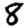
Digit: 8